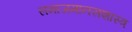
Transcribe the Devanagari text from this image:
समाजमानसशास्त्र